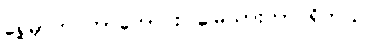
ရှေ့မှာက တာဟောင်း၊ မြေသားတာ ရှိတယ်။